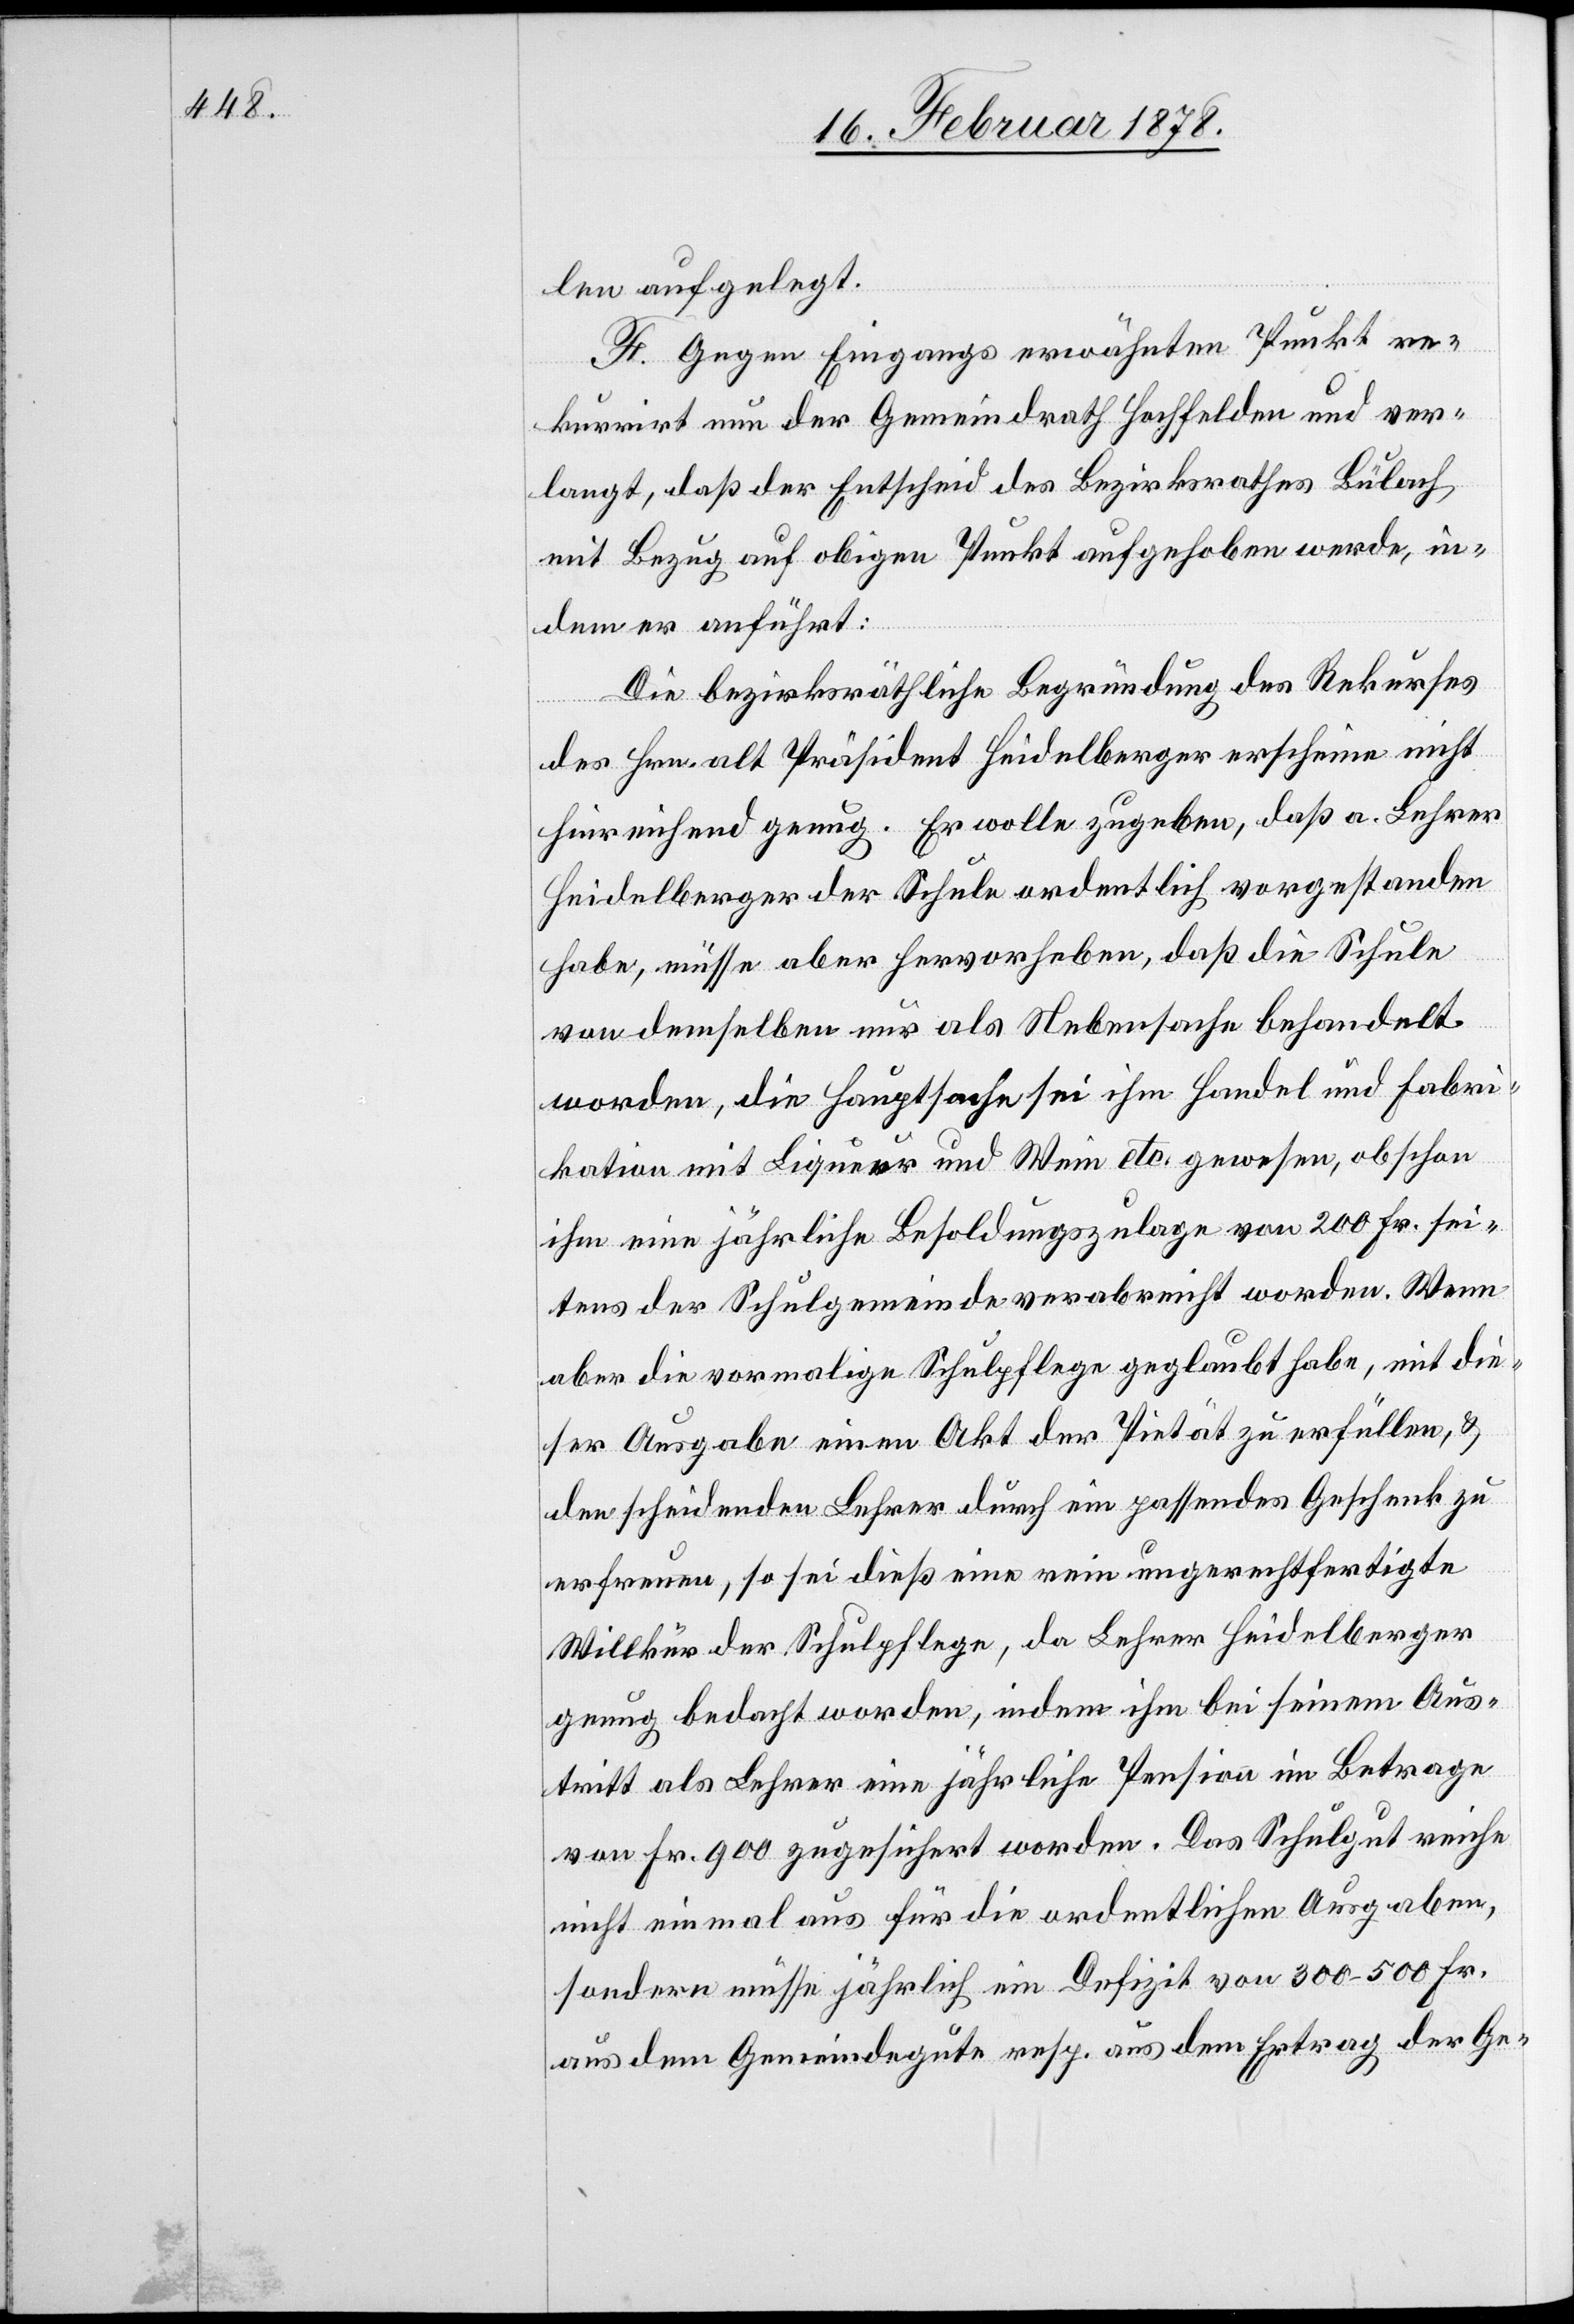
len aufgelegt.
F. Gegen Eingangs erwähnten Punkt re¬
kurrirt nun der Gemeindrath Hochfelden und ver¬
langt, daß der Entscheid des Bezirksrathes Bülach
mit Bezug auf obigen Punkt aufgehoben werde, in¬
dem er anführt:
Die bezirksräthliche Begründung des Rekurses
des Hrn. alt Präsident Heidelberger erscheine nicht
hinreichend genug. Er wolle zugeben, daß a. Lehrer
Heidelberger der Schule ordentlich vorgestanden
habe, müsse aber hervorheben, daß die Schule
von demselben nur als Nebensache behandelt
worden, die Hauptsache sei ihm Handel und Fabri¬
kation mit Liqueur und Wein etc. gewesen, obschon
ihm eine jährliche Besoldungszulage von 200 Fr. sei¬
tens der Schulgemeinde verabreicht worden. Wenn
aber die vormalige Schulpflege geglaubt habe, mit die¬
ser Ausgabe einen Akt der Pietät zu erfüllen, &
den scheidenden Lehrer durch ein passendes Geschenk zu
erfreuen, so sei dieß eine rein ungerechtfertigte
Willkür der Schulpflege, da Lehrer Heidelberger
genug bedacht worden, indem ihm bei seinem Aus¬
tritt als Lehrer eine jährliche Pension im Betrage
von Fr. 900 zugesichert worden. Das Schulgut reiche
nicht einmal aus für die ordentlichen Ausgaben,
sondern müsse jährlich ein Defizit von 300–500 Fr.
aus dem Gemeindegute resp. aus dem Ertrag der Ge-